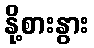
နို့စားနွား